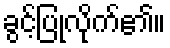
ခွင့်ပြုလိုက်၏။